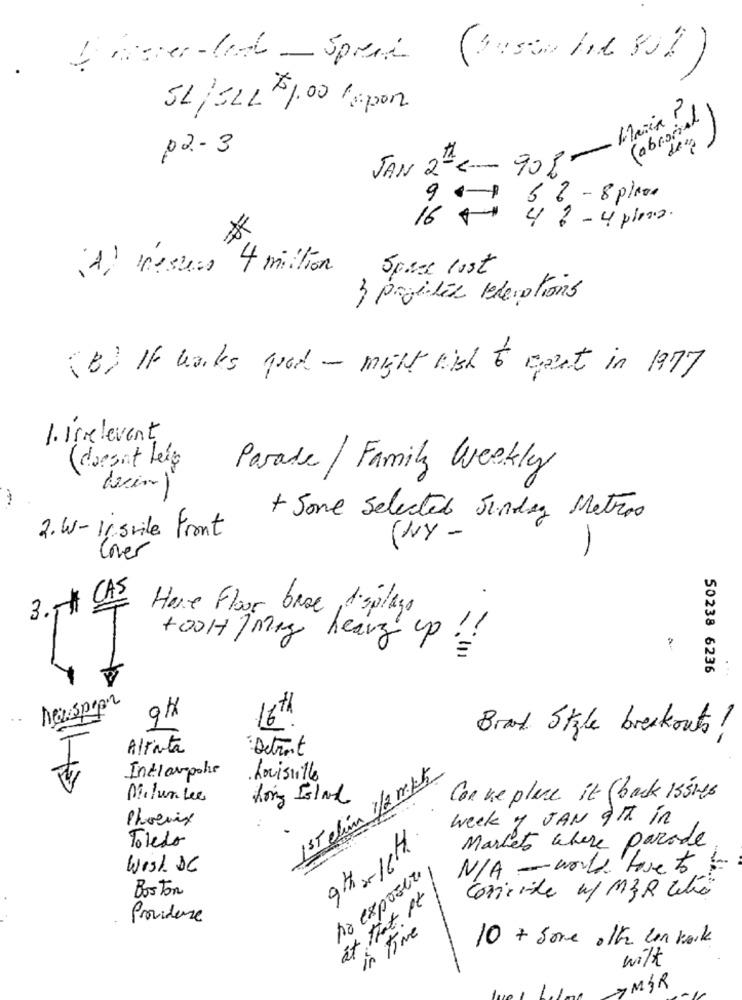
I master - text - Spreis
SL/ELL $1.00 lapon
Maria P
(abrorial
deux
p2 - 3
JAN 2- 908-
5 8 - 8 place
16 Fr
4 2 - 4 plans .
*
Space lost
A) meses 4 million
3 Pagedie Blerations
(B) If works good - might hish & cent in 1977
1. Irrelevant
(doesn't leig
Parade / Family Weekly
+ Sone Selected Jindey Metros
2.W-Insvile Front
(WY-
Cover
3. CAS
.
Hore Floor broe 1 splago
+OOH/May
heavy up
50238 6236
Nouspren
9H
16th
Brand Style breakouts !
Altarta
: Detroit
Indlampohe
Louisville
1ST clim 1/2 mek5
Mitun Lee
Long Island
Con we place it ( back Issues
Phoenix
Week y JAN git in
Toledo
Markets where parade
9th ×16th
Wish DC
N/A - would love to
no exposta
Boston
at that It
Corrente w/ M&R Celia
Provideme
in Time
10 + Some other con kork
wilk
7MIR